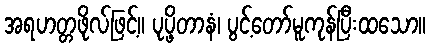
အရဟတ္တဖိုလ်ဖြင့်။ ပုပ္ဖိတာနံ၊ ပွင့်တော်မူကုန်ပြီးထသော။